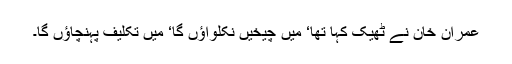
عمران خان نے ٹھیک کہا تھا‘ میں چیخیں نکلواؤں گا‘ میں تکلیف پہنچاؤں گا۔